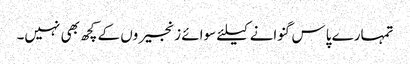
تمہارے پاس گنوانے کیلئے سوائے زنجیروں کے کچھ بھی نہیں۔